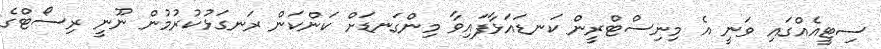
ސިޓީއެއްގައި ވަނީ އެ މިިނިސްޓްރީން ކަނޑައަޅާފައިވާ މިންގަނޑަށް ކަންކަން ރަނގަޅުކުރުމުން ނޫނީ ރިސޯޓްގެ